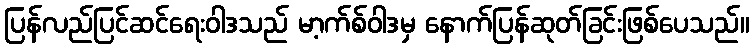
ပြန်လည်ပြင်ဆင်ရေးဝါဒသည် မာ့က်စ်ဝါဒမှ နောက်ပြန်ဆုတ်ခြင်းဖြစ်ပေသည်။